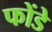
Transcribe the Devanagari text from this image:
फोंडे